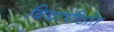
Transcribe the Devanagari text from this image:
विद्यापीठीत